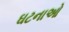
ઘટનાઓ